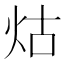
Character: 𤇌